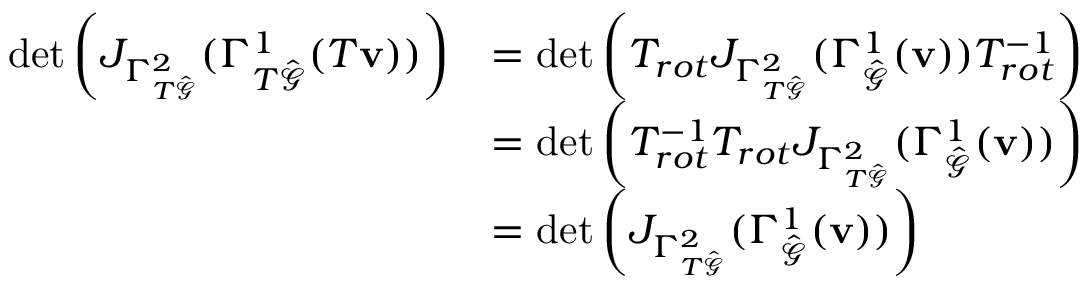
\begin{array} { r l } { \operatorname* { d e t } \left( J _ { \Gamma _ { T \hat { \mathcal { G } } } ^ { 2 } } ( \Gamma _ { T \hat { \mathcal { G } } } ^ { 1 } ( T \mathbf { v } ) ) \right) } & { = \operatorname* { d e t } \left( T _ { r o t } J _ { \Gamma _ { T \hat { \mathcal { G } } } ^ { 2 } } ( \Gamma _ { \hat { \mathcal { G } } } ^ { 1 } ( \mathbf { v } ) ) T _ { r o t } ^ { - 1 } \right) } \\ & { = \operatorname* { d e t } \left( T _ { r o t } ^ { - 1 } T _ { r o t } J _ { \Gamma _ { T \hat { \mathcal { G } } } ^ { 2 } } ( \Gamma _ { \hat { \mathcal { G } } } ^ { 1 } ( \mathbf { v } ) ) \right) } \\ & { = \operatorname* { d e t } \left( J _ { \Gamma _ { T \hat { \mathcal { G } } } ^ { 2 } } ( \Gamma _ { \hat { \mathcal { G } } } ^ { 1 } ( \mathbf { v } ) ) \right) } \end{array}